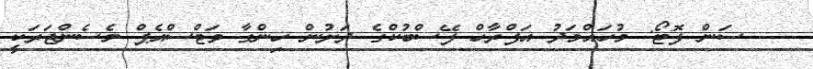
---- ސަން ފޮޓޯ: މުހައްމަދު އަފްރާހް ފޭސްބުކްގެ ދަށުން ހިންގާ ވަޓްސްއެޕް މެސެންޖަރަކީ